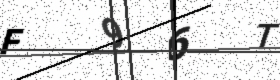
Text: F96T